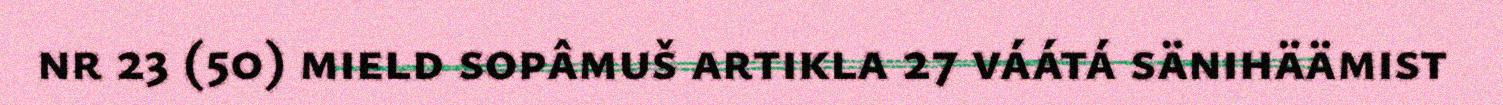
nr 23 (50) mield sopâmuš artikla 27 váátá sänihäämist